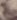
Text: 2